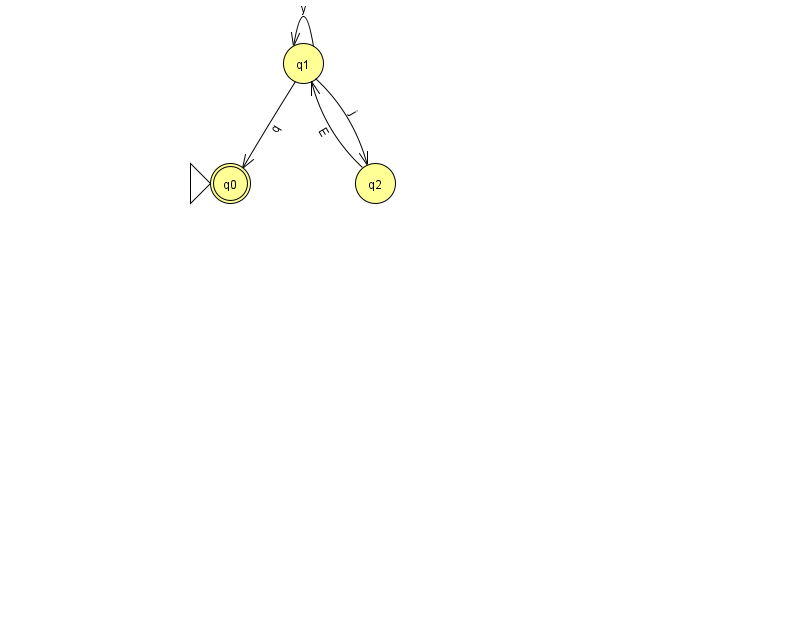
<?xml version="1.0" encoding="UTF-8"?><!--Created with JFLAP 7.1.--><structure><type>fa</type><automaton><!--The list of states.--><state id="0" name="q0"><x>230.0</x><y>170.0</y><initial/><final/></state><state id="1" name="q1"><x>303.0</x><y>50.0</y></state><state id="2" name="q2"><x>375.0</x><y>170.0</y></state><!--The list of transitions.--><transition><from>1</from><to>2</to><read>j</read></transition><transition><from>1</from><to>1</to><read>y</read></transition><transition><from>2</from><to>1</to><read>E</read></transition><transition><from>1</from><to>0</to><read>q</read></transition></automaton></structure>